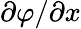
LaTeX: \partial\varphi/\partial x